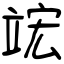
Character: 竤